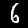
Digit: 6